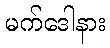
မက်ဒေါနား